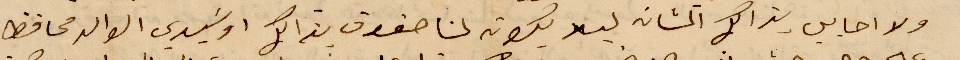
ولا احابب بذالك المشابه ليلا يكون لنا حقوق بذالك وسيدي الوالد محافظ